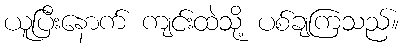
ယူပြီးနောက် ကျင်းထဲသို့ ပစ်ချကြသည်။